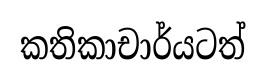
කතිකාචාර්යටත්